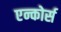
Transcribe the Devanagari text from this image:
एन्कोर्स